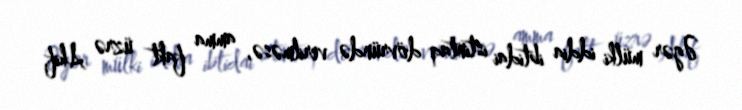
Əgər mülki iddia ibtidai istintaq dövründə verilməsə, amma fakt üzrə Akif